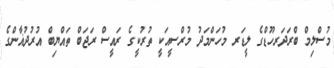
މުސްލިމް ބްރަދަރހޫޑްގެ ލީޑަރ މުހަންމަދު މުރްސީއަކީ ތުރުކީގެ ރައީސް ރަޖަބް ތައްޔިބް އުރުދުޣާންގެ